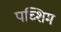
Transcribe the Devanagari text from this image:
पच्शिम